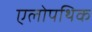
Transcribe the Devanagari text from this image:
एलोपथिक